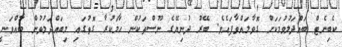
ކެބިނެޓް ބައްދަލުވުމަކަށް ގޮވާލައްވާފައެވެ. ބޭރު ދުނިޔޭގެ ނޫސްތަކުން ހާމަކުރާ ގޮތުގައި މިބައްދަލުވުން ބާއްވަނީ